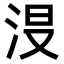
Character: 𣴉